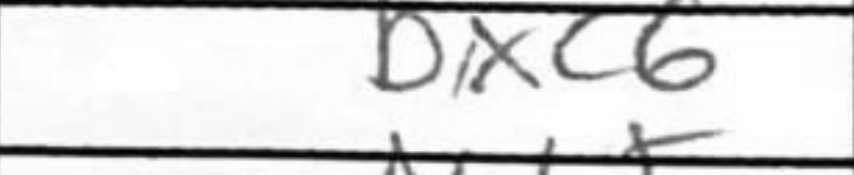
Transcription: bxc6